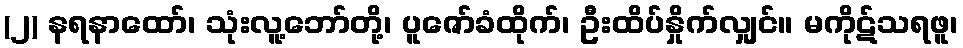
(၂) နရနာထော်၊ သုံးလူ့ဘော်တို့၊ ပူဇော်ခံထိုက်၊ ဦးထိပ်နှိုက်လျှင်။ မကိုဋ်သရဖူ၊